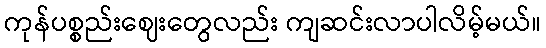
ကုန်ပစ္စည်းဈေးတွေလည်း ကျဆင်းလာပါလိမ့်မယ်။